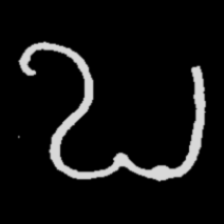
Pyu character \u2014 Myanmar letter: ဎ (romanized: ddha)